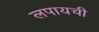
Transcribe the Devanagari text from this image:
लपायची